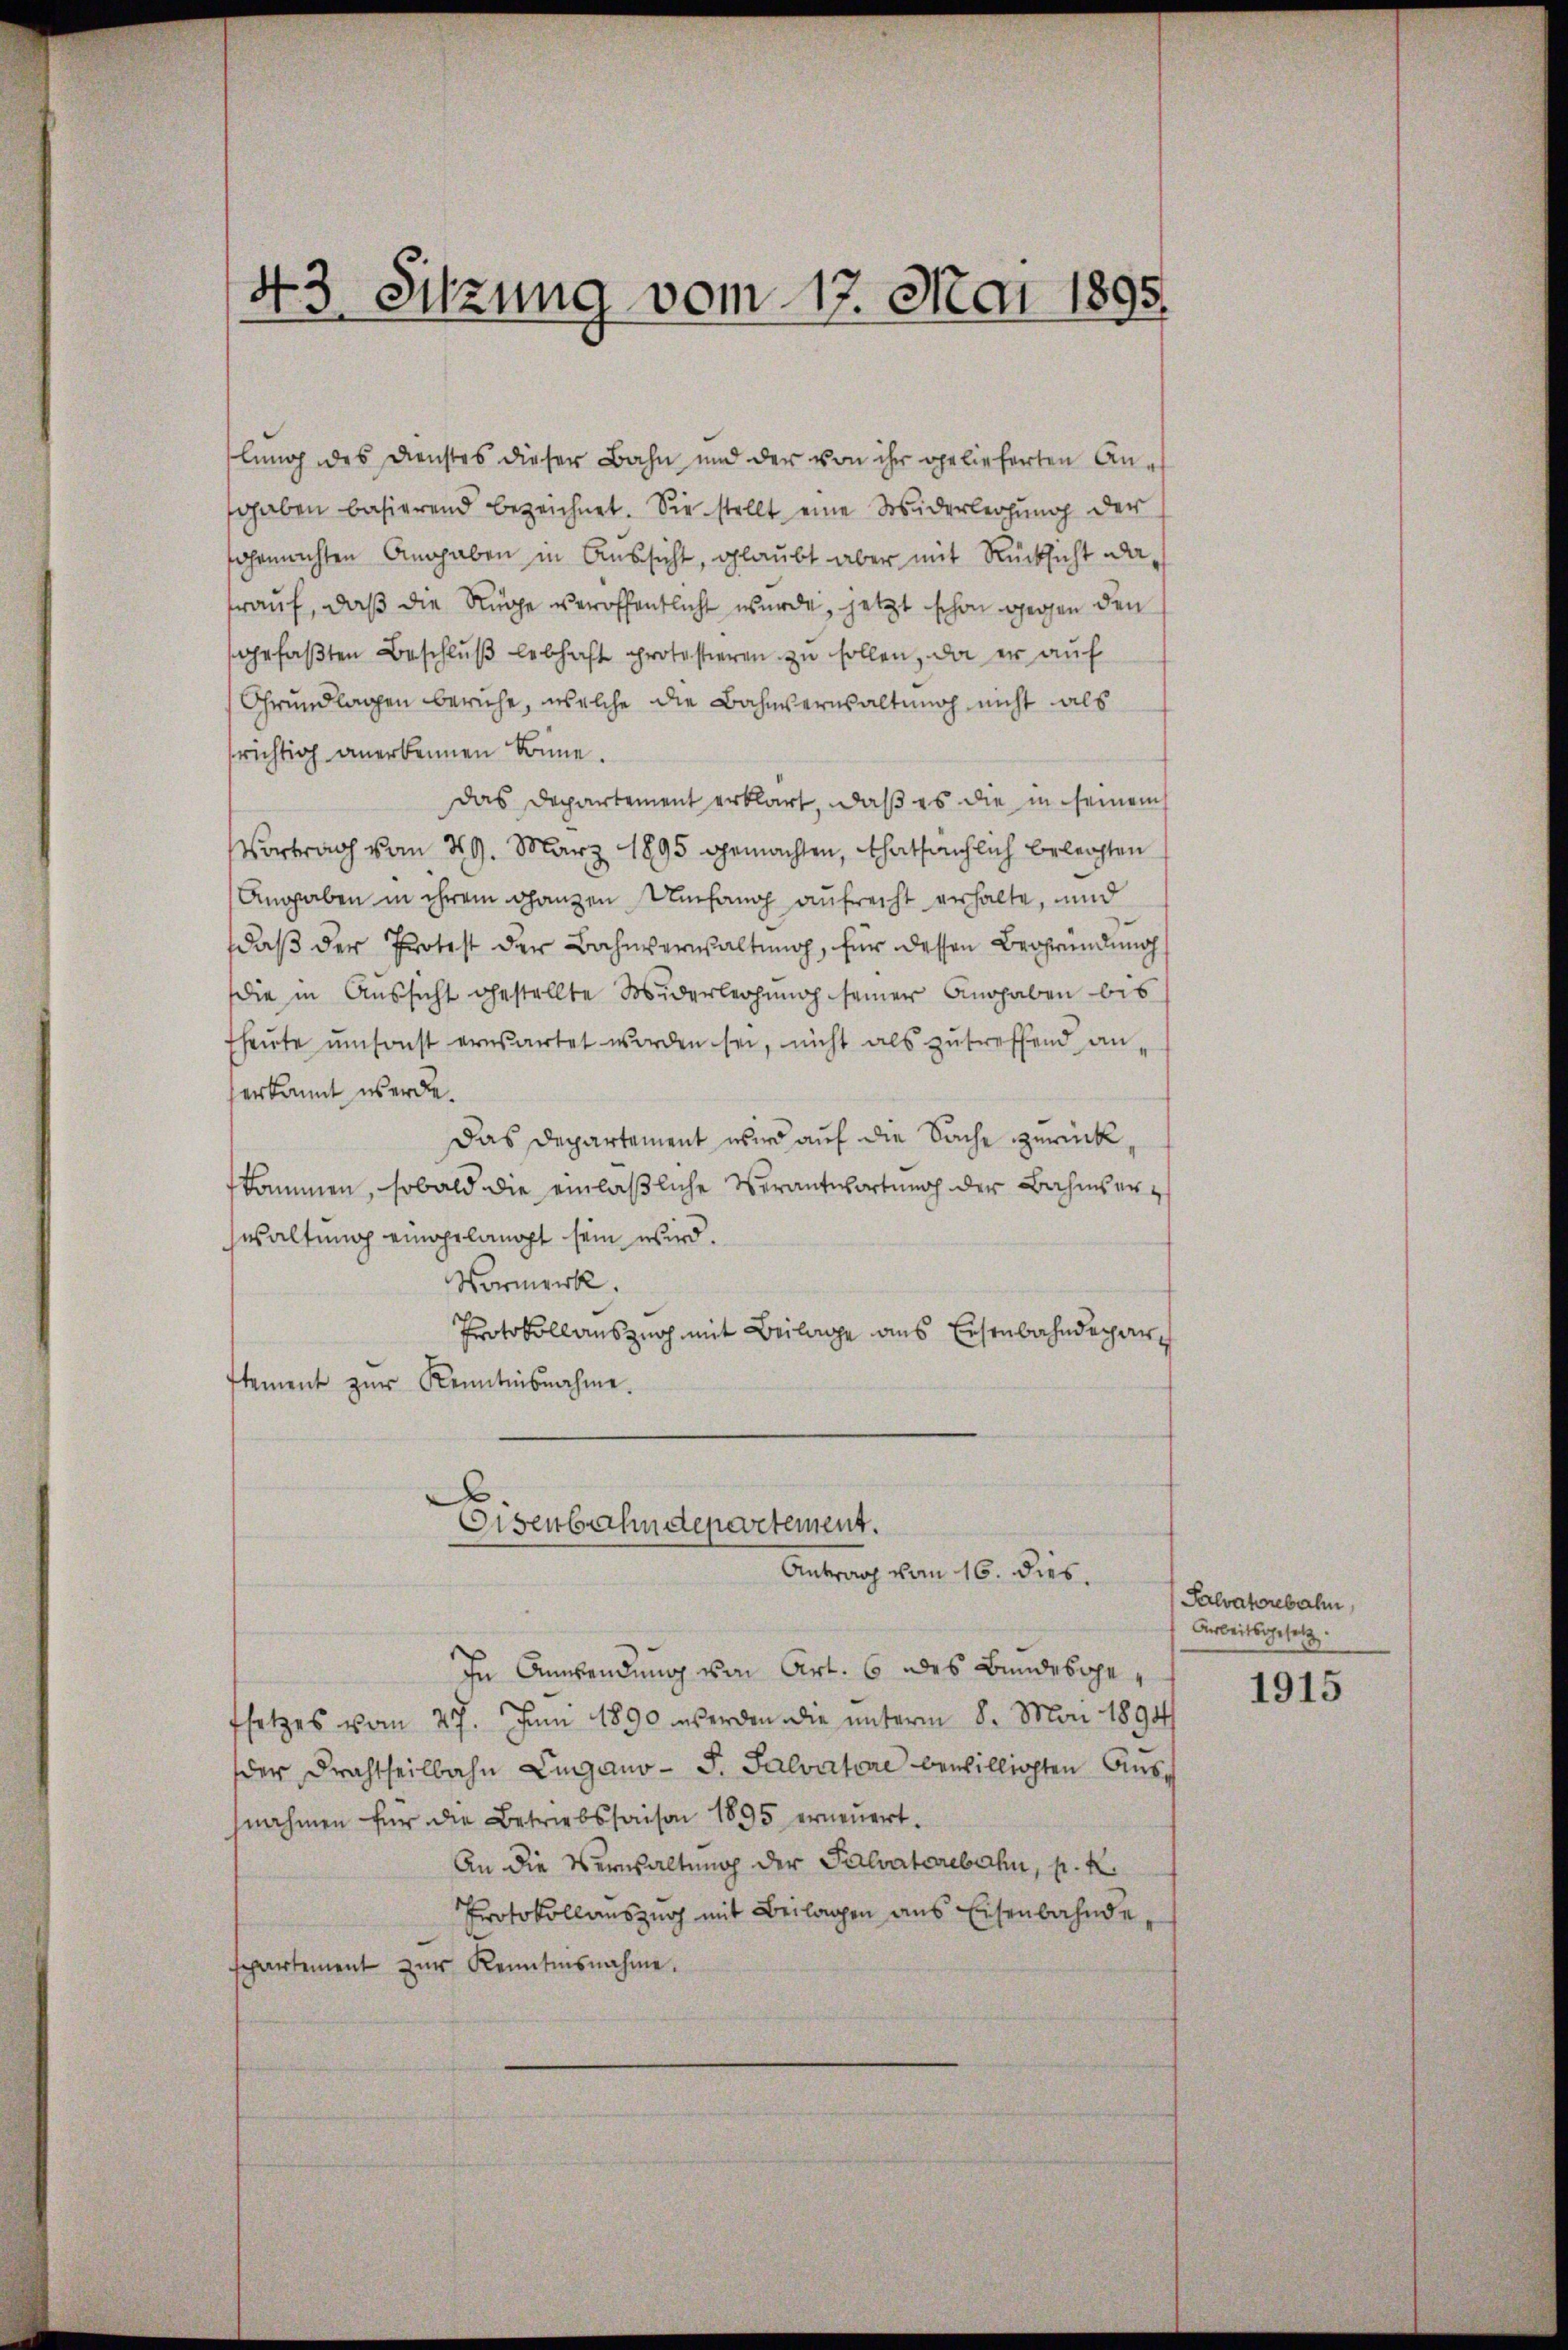
43. Sitzung vom 17. Mai 1895

lung des Dienstes dieser Bahn und der von ihr gelieferten Ansgaben basierend bezeichnet. Sie stellt eine Widerlegŭng der
fgemachten Angaben in Aussicht, glaubt aber mit Rücksicht darauf, daß die Rüge veröffentlicht wurde, jetzt schon gegen den
efaβten Beschlŭβ lebhaft protestieren zu sollen, da er auf
Grundlagen beruhe, welche die Bahnverwaltung nicht als
srichtig anerkennen könne.
das Departement erklärt, daß es die in seinem s
Vortrag vom 29. März 1895 gemachten, thatsächlich belegten
Angaben in ihrem ganzen Umfang aufrecht erhalte, und
daß der Protest der Bahnverwaltung, für dessen Begründung
die in Aussicht gestellte Widerleihung seiner Angaben bis
heŭte ŭmsonst erwartet worden sei, nicht als zutreffend an
erkannt werde.
Das Departement wird auf die Sache zurück,
fkommen, sobald die einläßliche Verantwortung der Bahnserwaltung eingelangt sein wird.
Normerk.
Protokollauszug mit Beilage aus Eisenbahndeparstement zŭr Kenntnisnahme.
Eisenbahndepartement.
Antrag vom 16. dies.
In Anwendung von Art. 6 des Bundesgefsetzes vom 27. Juni 1890 werden die unterm 8. Mai 1894/
der Drahtheilbahn Lugano - P. Salvatore bewilligten Anseh
nahmen für die Betriebssaison 1895 erneuert.
An die Verwaltung der Palvatorebahn, p. K.
Protokollauszug mit Beilagen aus Eisenbahnde,
spartement zŭr Kenntnisnahme.

Falvatorebahn,
Arbeitsgesetz

1915